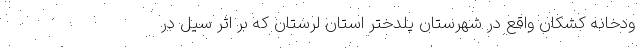
ودخانه کشکان واقع در شهرستان پلدختر استان لرستان که بر اثر سیل در